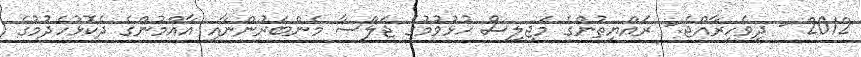
2012 - ދިވެހިރާއްޖެ:- ރައްޔިތުންގެ މަޖިލިސް ހުޅުވުމުގެ ޖަލްސާ މެންބަރުންނާއި އާއްމުންގެ ދެކޮޅުހެދުމުގެ